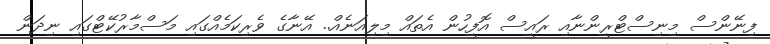
ފިނޭންސް މިނިސްޓްރީންނާއި ރައީސް އޮފީހުން އެތައް މިލިއަނެއް.. އޭނާގެ ވެރިކަމެއްގައި މަސްމާރުކޭޓްގައި ނިދަން